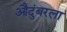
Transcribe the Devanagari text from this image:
औदुंबरला